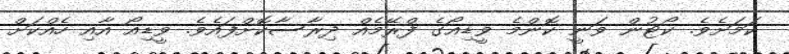
ކަމަށެވެ. ކޯޓުން ވަނީ ކޮންމެ ވީޑިއޯގެ ފްރޭމެއް ދިރާސާކޮށްފައެވެ. ވީޑިއޯ އާއި ހެއްކަށް